kultuurilooline_kollektsioon, lk 11
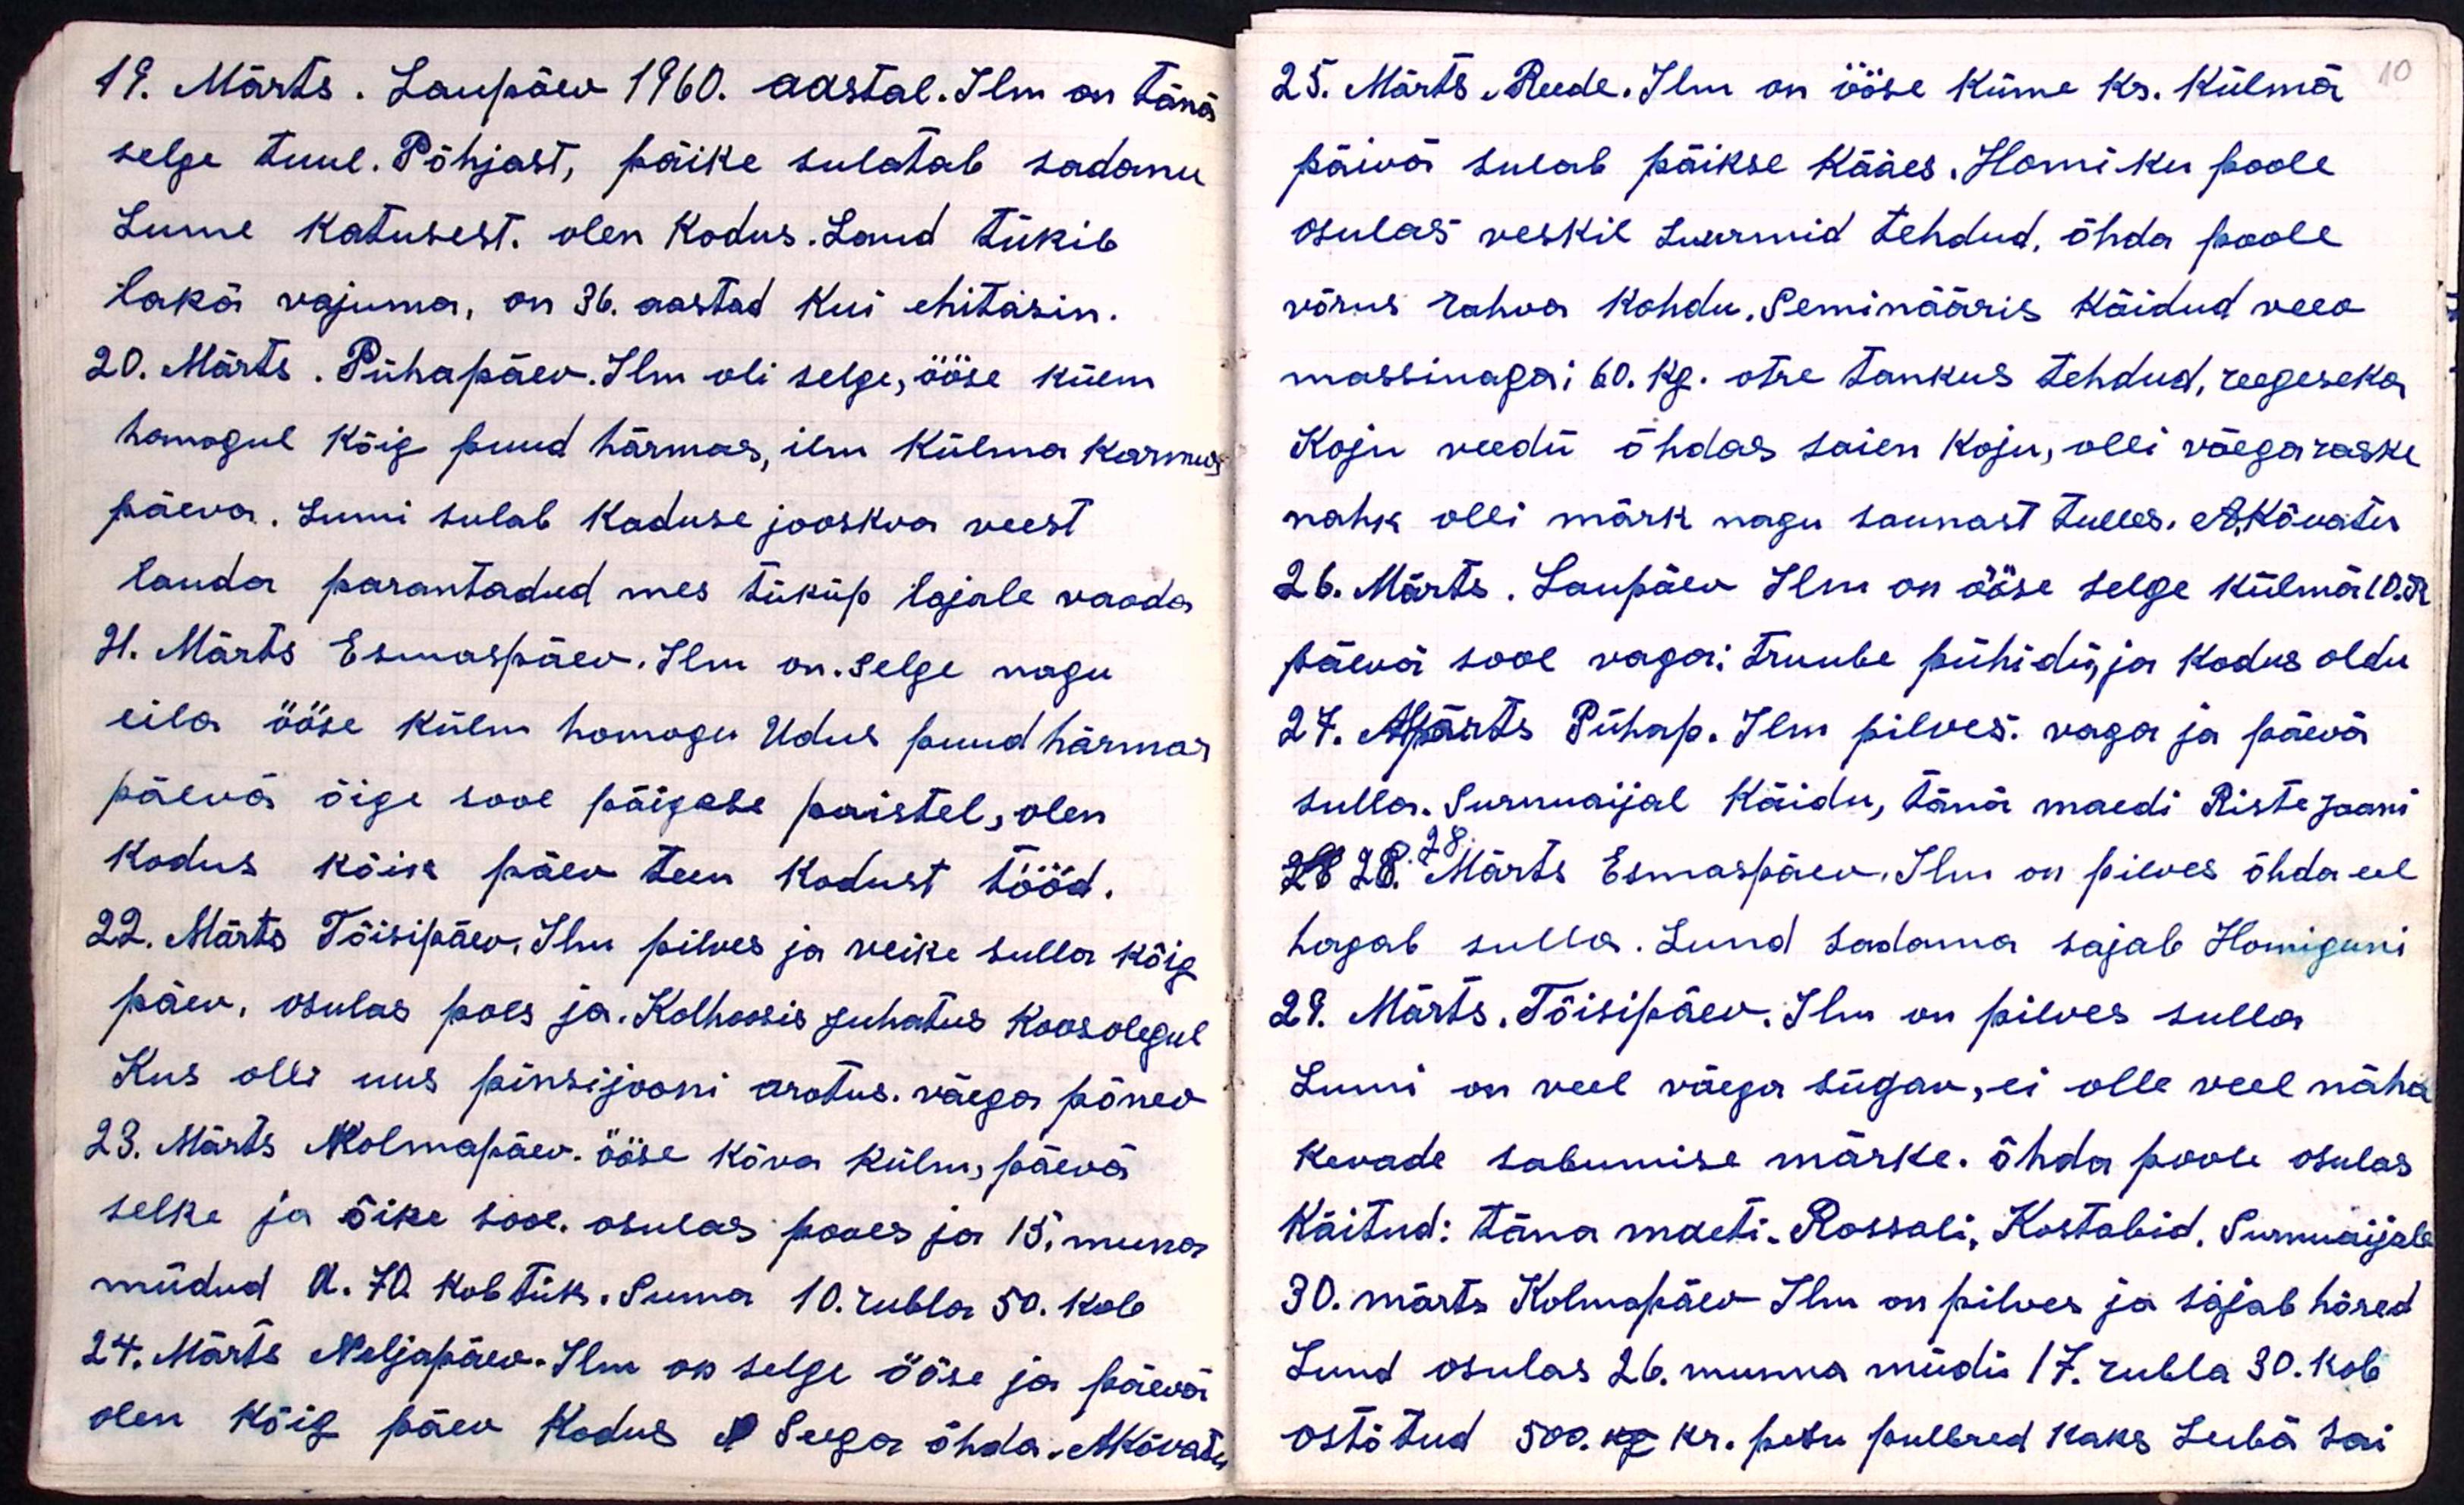
10

19. Märts. Laupäev 1960. aastal. Ilm on täna
selge tuul. Põhjast, päike sulatab sadanu
Lume katusest. olen kodus. Laud tükib
lakä vajuma, on 36. aastad kui ehitasin.
20. Märts. Pühapäev. Ilm oli selge, ööse külm
homogul kõig puud härmas, ilm külma karmus
päeva. Lumi sulab koduse jooskva veest
lauda parantadud mes tüküp lajale vaoda
21. Märts Esmaspäev. Ilm on. selge nagu
eila ööse külm homogu Udus puud härmas,
päevä õige sooe päigese paistel, olen
kodus kõik päev teen kodust tööd.
22. Märts Tõisipäev. Ilm pilves ja veike sulla kõig
päev, osulas poes ja. Kolhoosis juhatus koosolegul
Kus olli uus pinsijooni arotus. väega põnev
23. Märts Kolmapäev. Ööse kõva külm päevä.
selke ja õike sooe. osulas pooes ja 15. muna
müdud a. 70. kob tük. Suma 10. rubla 50. kob
24. Märts Neljapäev. Ilm on selge ööse ja päevä
olen kõig päev kodus et seega õhda. A.Kõvatu

25. Märts. Reede. Ilm on ööse küme kr. Külmä
päiwä sulab päikse Kääes. Homiku poole
osulas veskil Luurmid tehdud, õhda poole
võrus rahva kohdu. Seminääris käidud veeo
massinaga; 60. kg. otse tankus tehdud, reegeseka
Koju veedu õhdas saien koju, olli võega raske
nahk olli märk nagu saunast tulles. A. Kõvatu
26. Märts. Laupäev Ilm on ööse selge külmä 10 K
päevä sooe vaga: Truube pühidin ja kodus oldu
27. AKMärts Pühap. Ilm pilves. vaga ja päevä
sulla. Surnuaijal Käidu, tänä maedi Riste Jaani
282828 Märts Esmaspäev. Ilm on pilves õhda eel
hagab sulla. Lund sadama sajab Homiguni
29. Märts. Tõisipäev. Ilm on pilves sulla
Lumi on veel väega sügav, ei olle veel näha
kevade sabumise märke. õhda poole osulas
käitud: täna maeti. Rossali, Kostabid, Surnuaijale
30. märts Kolmapäev Ilm on pilves ja sajab hõred
Lund osulas 26. munna müdis 17 rubla 30. kob
ostõtud 500. kg. kr. pesu pulbred kaks Leibä sai